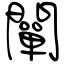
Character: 闡